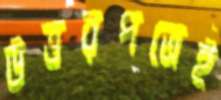
উত্তরপত্রেই